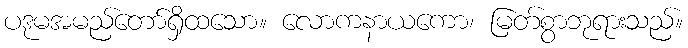
ပဒုမအမည်တော်ရှိထသော။ လောကနာယကော၊ မြတ်စွာဘုရားသည်။